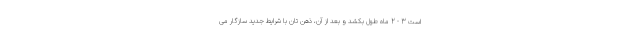
است 3 - 2 ماه طول بکشد و بعد از آن، ذهن تان با شرایط جدید سازگار می